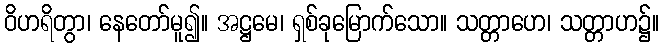
ဝိဟရိတွာ၊ နေတော်မူ၍။ အဋ္ဌမေ၊ ရှစ်ခုမြောက်သော။ သတ္တာဟေ၊ သတ္တာဟ၌။